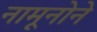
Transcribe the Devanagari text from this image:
नामूनोने